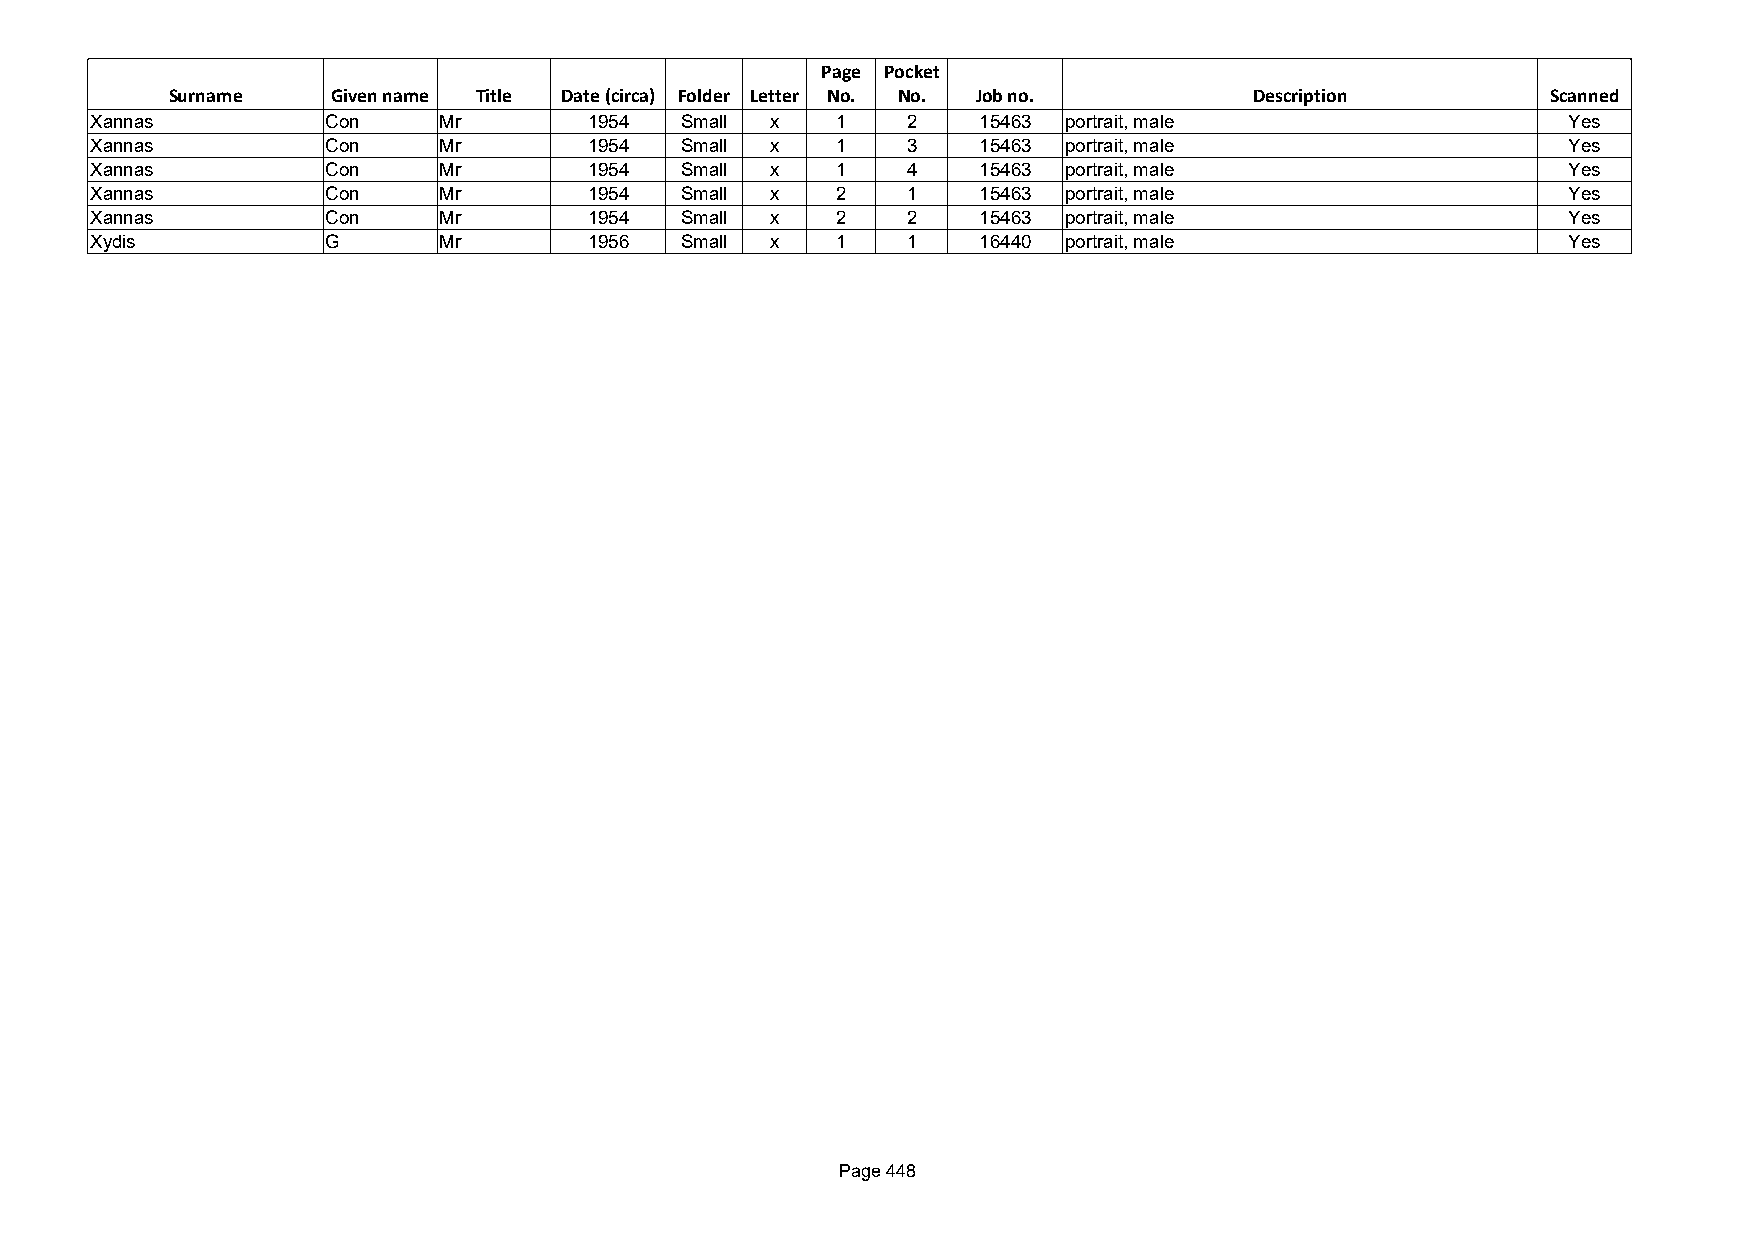
Page Pocket
 Surname    Given name Title Date (circa) Folder Letter No. No. Job no.  Description         Scanned
 Xannas          Con    Mr        1954  Small x   1    2    15463 portrait, male                   Yes
 Xannas          Con    Mr        1954  Small x   1    3    15463 portrait, male                   Yes
 Xannas          Con    Mr        1954  Small x   1    4    15463 portrait, male                   Yes
 Xannas          Con    Mr        1954  Small x   2    1    15463 portrait, male                   Yes
 Xannas          Con    Mr        1954  Small x   2    2    15463 portrait, male                   Yes
 Xydis           G      Mr        1956  Small x   1    1    16440 portrait, male                   Yes
 Page 448